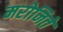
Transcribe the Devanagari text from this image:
मरोनिते